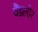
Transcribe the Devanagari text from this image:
वैंडलोर